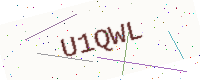
Text: U1QWL